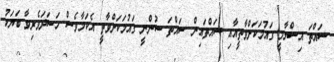
ސައްތަ އިސްލާމީ ގައުމަކަށްވާތީއާއި ސައްތައިން ސައްތަ ސުންނީ ގައުމަކަށްވާތީ އެކަމާވެސް ހަސަދަވެރިވާ ބަޔަކު